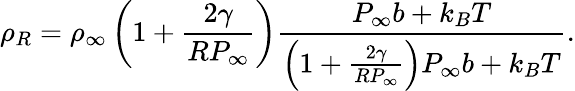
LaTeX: {{\rho}_{R}}={{\rho}_{\infty}}\left(1+\frac{2\gamma}{R{{P}_{\infty}}}\right)\frac{{{P}_{\infty}}{b}+{{k}_{B}}T}{\left(1+\frac{2\gamma}{R{{P}_{\infty}}}\right){{P}_{\infty}}{b}+{{k}_{B}}T}.